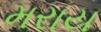
મરાય